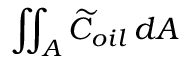
\iint _ { A } \widetilde { C } _ { o i l } \, d A